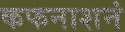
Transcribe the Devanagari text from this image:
कफनाशनं